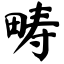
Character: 畴